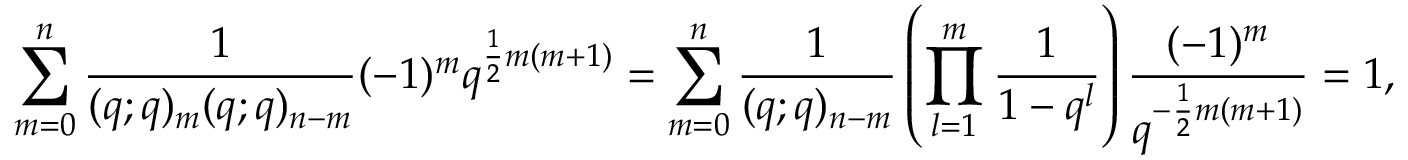
\sum _ { m = 0 } ^ { n } \frac { 1 } { ( q ; q ) _ { m } ( q ; q ) _ { n - m } } ( - 1 ) ^ { m } q ^ { \frac { 1 } { 2 } m ( m + 1 ) } = \sum _ { m = 0 } ^ { n } \frac { 1 } { ( q ; q ) _ { n - m } } \left( \prod _ { l = 1 } ^ { m } \frac { 1 } { 1 - q ^ { l } } \right) \frac { ( - 1 ) ^ { m } } { q ^ { - \frac { 1 } { 2 } m ( m + 1 ) } } = 1 ,